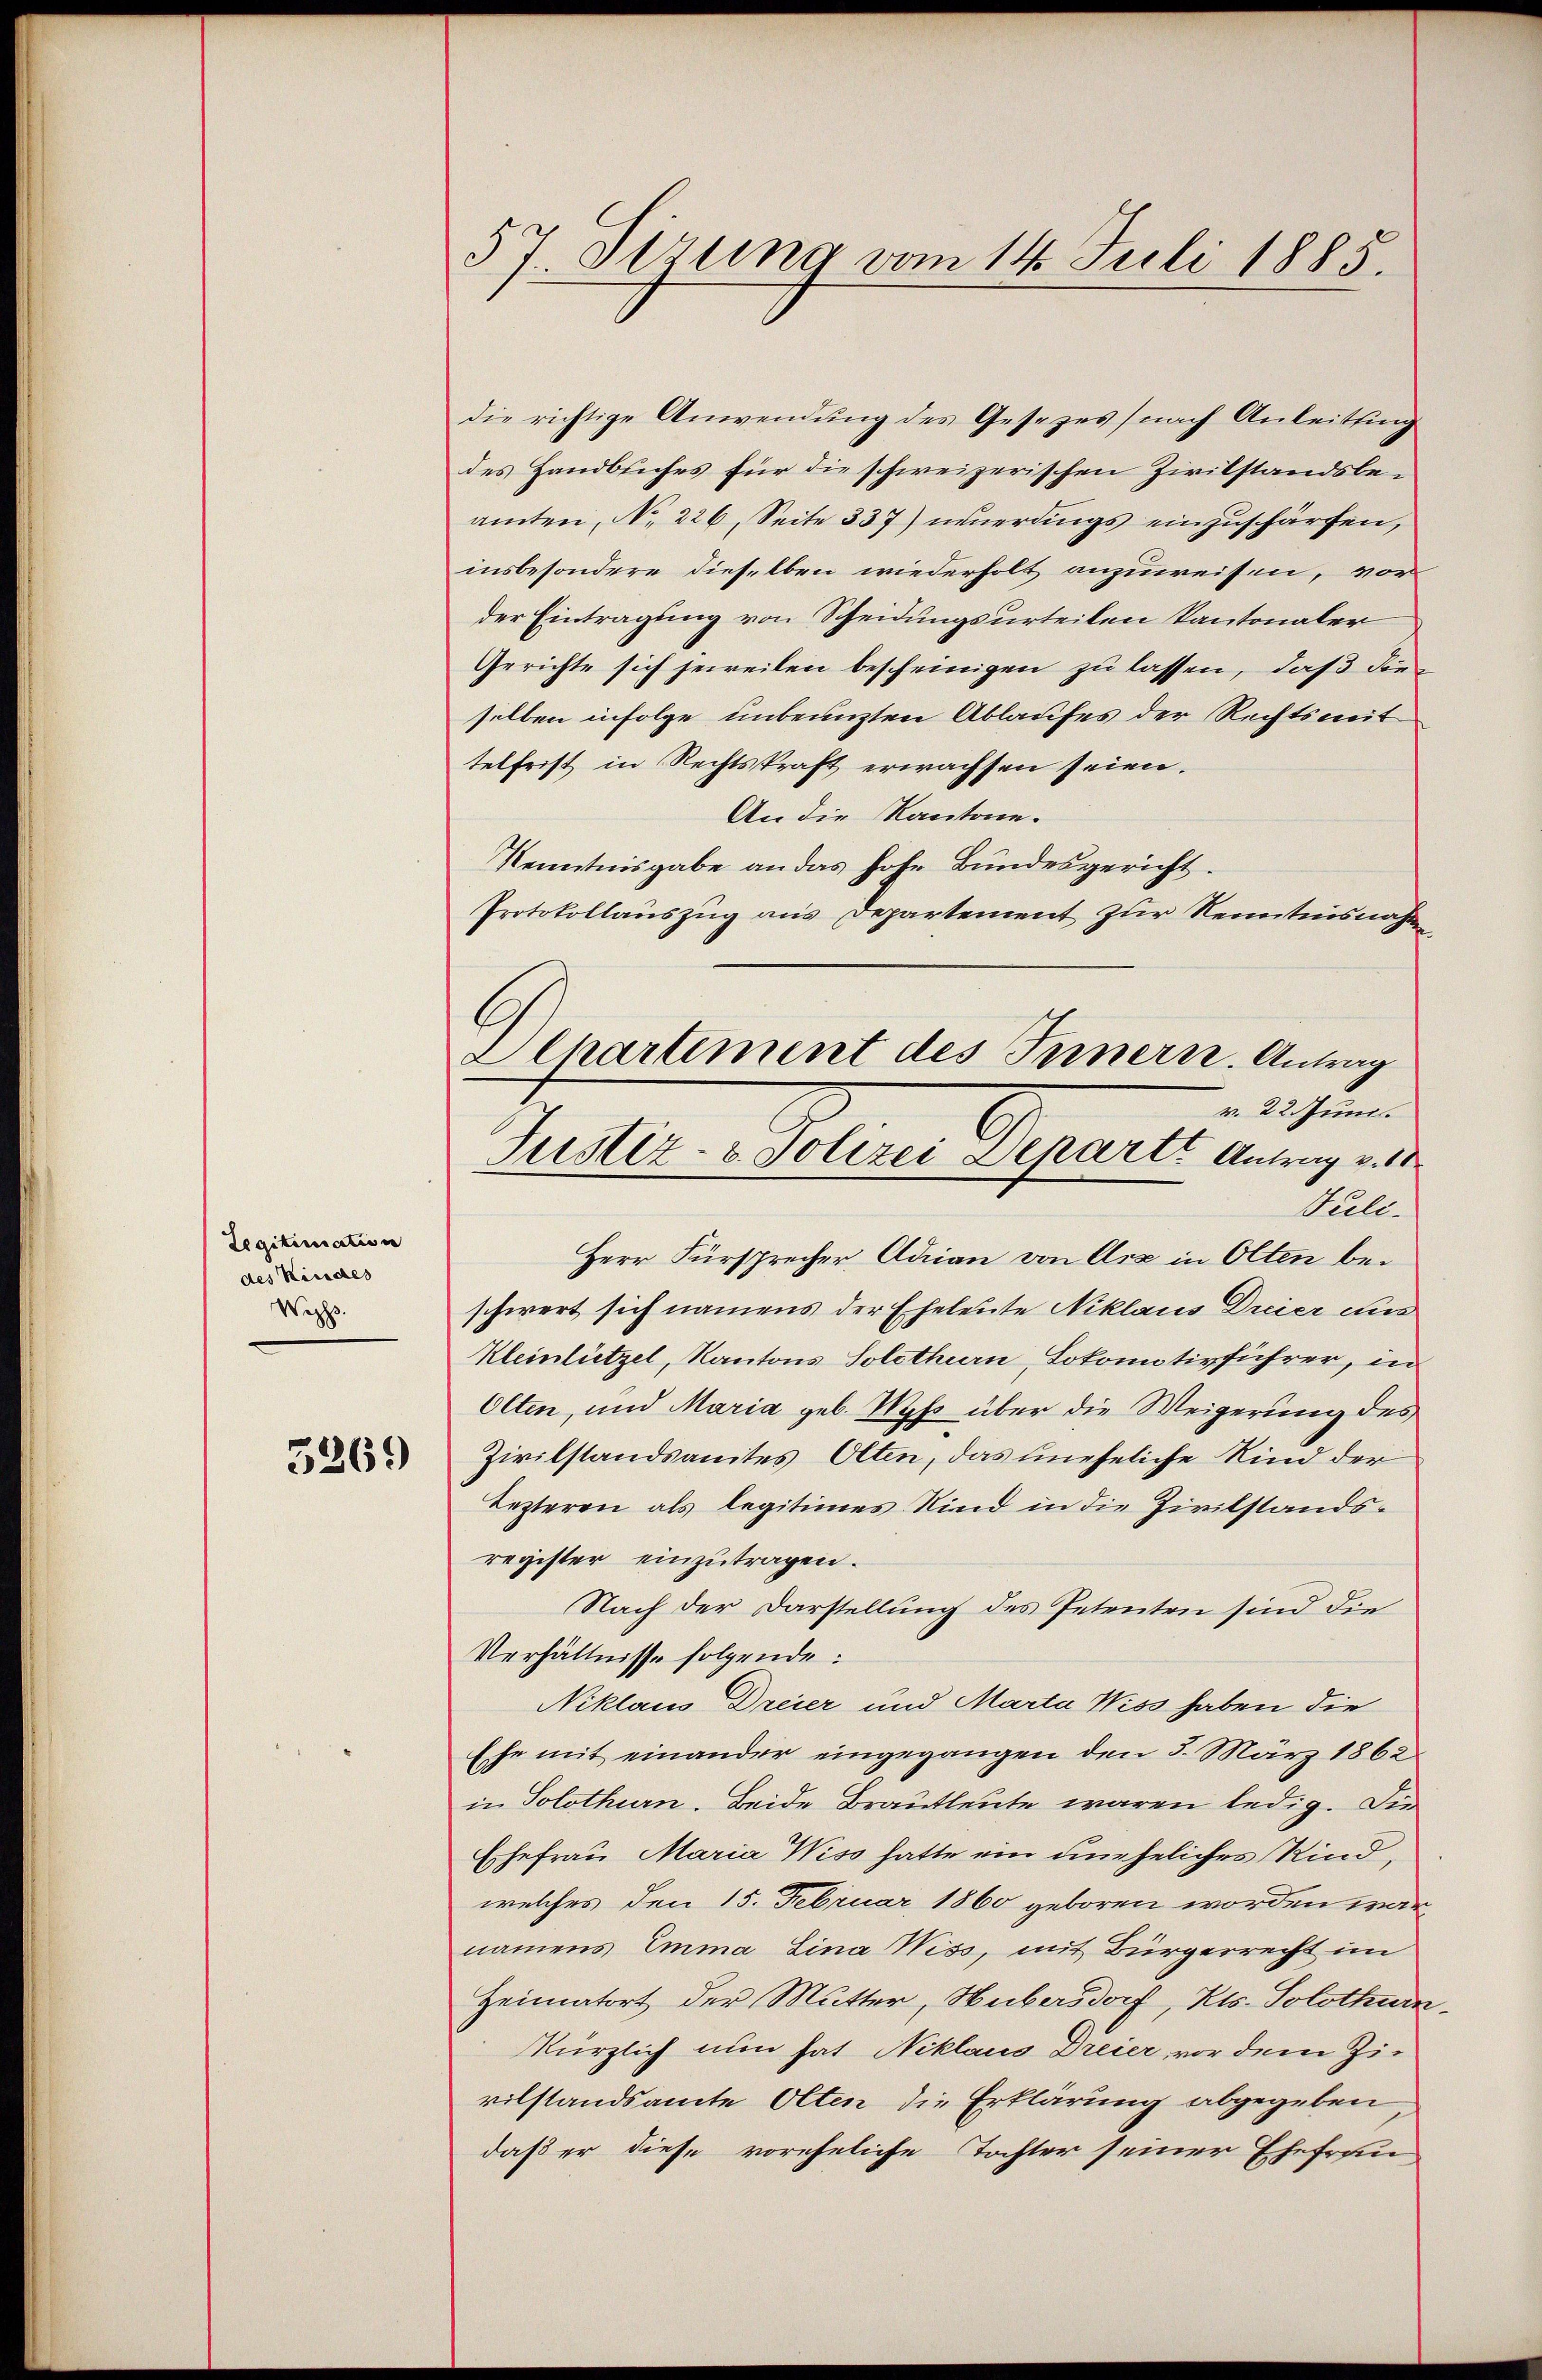
Legitimation
des Kindes
Wezss.

5269

57. Sirung vom 14. Juli 1885.

die richtige Anwendung des Gesezes) nach Anleitung
des Handbuches für die schweizerischen Zivilstandsbeamten, No 226, Seite 337) neuerdings einzuschärfen,
insbesondere dieselben wiederholt anzuweisen, vor
der Eintragung von Scheidungsurteilen kantonaler
Gerichte sich jeweilen bescheinigen zu lassen, daß die
selben infolge unbenuzten Ablaufes der Rechtsmit
telfrist in Rechtskraft erwachsen seien.
An die Kantone.
Kenntnisgabe an das hohe Bundesgericht.
Protokollauszug aus Departement zur Kenntnisnahme,
Puli.
Herr Fürsprecher Adrian von Arz in Olten beschwert sich namens der Eheleute Niklaus Dreier aus
Kleinlietzel, Kantons Solothurn, Lokomotivführer, in
Olten, und Maria geb. Mys über die Weigerung des
Zivilstandsamtes Olten, das uneheliche Kind der
Lezteren als legitimes Kind in die Zivilstands-
register einzutragen.
Nach der Darstellung des Petenten sind die
Verhältnisse folgende:
Niklaus Dreier und Marta Wiss haben die
Ese mit einander eingegangen den 5. März 1862
in Solothurn. Beide Brautleute waren ledig. Die
Ehefrau Maria Wiss hatte ein uneheliches Kind,
welches den 15. Februar 1860 geboren worden wärnamens Emma Lina Wiss, mit Bürgerrecht im
Heimatort der Mutter, Hubersdorf, Kts. Solothurn
kürzlich nun hat Niklaus Dreier vor dem Zivilstandsamte Olten die Erklärung abgegeben
daß er diese voreheliche Tochter seiner Ehefrau

b
L Chartement des Innern. Antrag
v. 22. Juni.
Justiz- & Polizei Departe Antrag v. 10